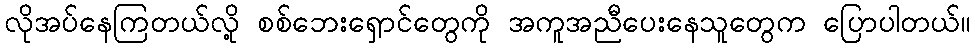
လိုအပ်နေကြတယ်လို့ စစ်ဘေးရှောင်တွေကို အကူအညီပေးနေသူတွေက ပြောပါတယ်။